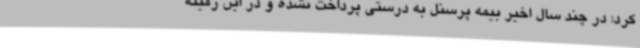
کرد: در چند سال اخیر بیمه پرسنل به درستی پرداخت نشده و در این زمینه